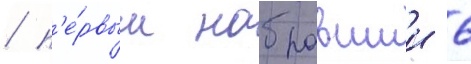
/ п'е́рвым набравшии 6